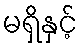
မရှိနှင့်